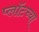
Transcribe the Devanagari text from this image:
प्लॉटच्या